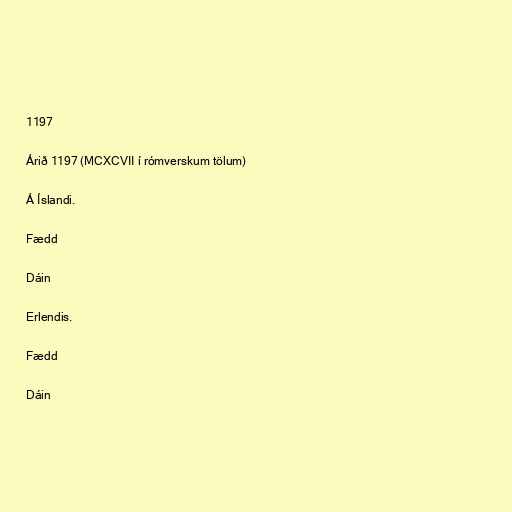
1197

Árið 1197 (MCXCVII í rómverskum tölum)

Á Íslandi.

Fædd

Dáin

Erlendis.

Fædd

Dáin